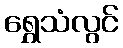
ရွှေသံလွင်